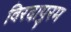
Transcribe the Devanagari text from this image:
विरदापुरम